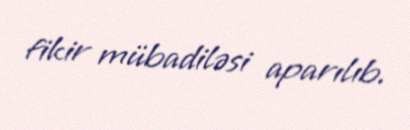
fikir mübadiləsi aparılıb.